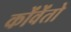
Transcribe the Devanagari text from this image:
कोंवेंतो